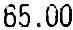
65.00